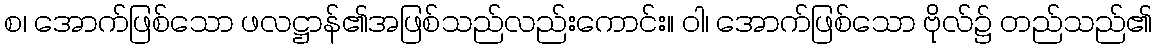
စ၊ အောက်ဖြစ်သော ဖလဋ္ဌာန်၏အဖြစ်သည်လည်းကောင်း။ ဝါ၊ အောက်ဖြစ်သော ဗိုလ်၌ တည်သည်၏